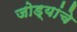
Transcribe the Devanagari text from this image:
जोड्यांचे